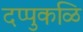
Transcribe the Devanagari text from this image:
दप्पुकळि